Vaccination in the Punjab 1905-1918 - 1905-1918
Year: 1905
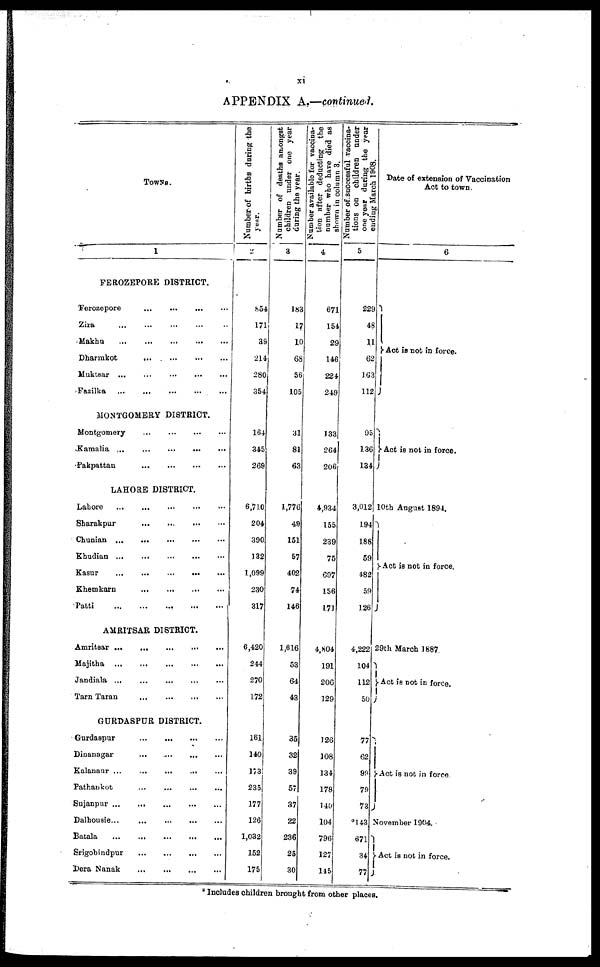
xi
APPENDIX A.—continued.
TOWNS.
1
FEROZEPORE DISTRICT.
Ferozepore
...
...
...
...
Zira
...
...
...
...
...
Makhu
...
...
...
...
...
Dharmkot
...
...
...
...
Muktsar ... ... ... ... ...
Fazilka
...
...
...
...
...
MONTGOMERY DISTRICT.
Montgomery
...
...
...
...
Kamalia
...
...
...
...
...
Pakpattan
...
...
...
...
LAHORE DISTRICT.
Lahore
...
...
...
...
...
Sharakpur
...
...
...
...
Chunian
...
...
...
...
...
Khudian
...
...
...
...
...
Kasur
...
...
...
...
...
Khemkarn
...
...
...
...
Patti
...
...
...
...
...
AMRITSAR DISTRICT.
Amritsar
...
...
...
...
...
Majitha
...
...
...
...
...
Jandiala
...
...
...
...
...
Tarn Taran ... ... ... ...
GURDASPUR DISTRICT.
Gurdaspur
...
...
...
...
Dinanagar
...
...
...
...
Kalanaur ... ... ... ... ...
Pathankot
...
...
...
...
Sujanpur
...
...
...
...
...
Dalhousie
...
...
...
...
...
Batala
...
...
...
...
...
Srigobindpur
...
...
...
...
Dera Nanak
...
...
...
...
Number of births during the
year.
2
854
171
39
214
280
354
164
345
269
6,710
204
390
132
1,099
230
317
6,420
244
270
172
161
140
173
235
177
126
1,032
152
175
Number of deaths amongst
children under one year
curing the year.
3
183
17
10
68
56
105
31
81
63
1,776
49
151
57
402
74
146
1,616
53
64
43
35
32
39
57
37
22
236
25
30
Number available for vaccina-
tion after deducting the
number who have died as
shown in column 3.
4
671
154
29
146
224
249
133
264
206
4,934
155
239
75
697
156
171
4,804
191
206
129
126
108
134
178
140
104
796
127
145
Number of successful vaccina-
tions on children under
one year during the year
ending March 1908.
5
229
48
11
62
163
112
95
136
134
3,012
194
188
59
482
59
126
4,222
104
112
50
77
62
99
79
73
*143
671
34
77
Date of extension of Vaccination
Act to town.
6
Act is not in force.
Act is not in force.
10th August 1894.
Act is not in force.
29th March 1887
Act is not in force.
Act is not in force.
November 1904.
Act is not in force.
* Includes children brought from other places.